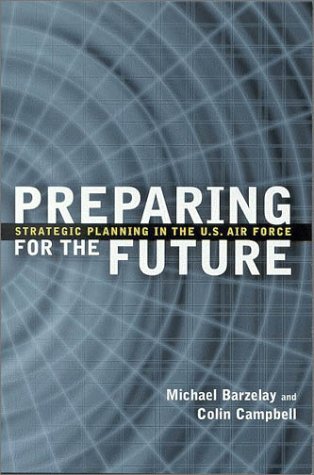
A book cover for Preparing for the Future: Strategic Planning in the U.S. Air Force; Michael Barzelay; Business & Money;